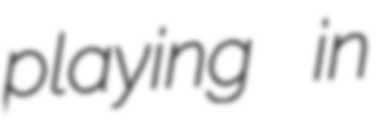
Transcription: playing in